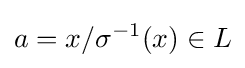
a=x/\sigma ^{-1}(x)\in L